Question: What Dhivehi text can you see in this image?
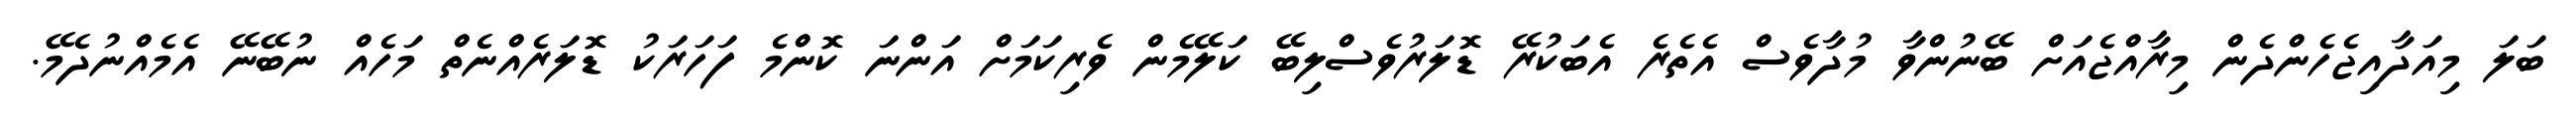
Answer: ބަލަ މިއަދާއިޖެހެންދެން މިރާއްޖެއަށް ބޭނުންވާ މުދާވެސް އެތެރެ އެބަކުރޭ ޑޮލަރުވެސްލިބޭ ކަލޭމެން ވެރިކަމަށް އަންނަ ކޮންމެ ފަހަރަކު ޑޮލަރެއްނެތް މަހެއް ނުބޭނޭ އެމެއްނުދެމޭ.